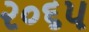
૨૦૬૫